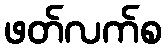
ဖတ်လက်စ